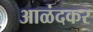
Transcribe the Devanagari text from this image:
आळंदकर